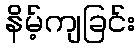
နိမ့်ကျခြင်း